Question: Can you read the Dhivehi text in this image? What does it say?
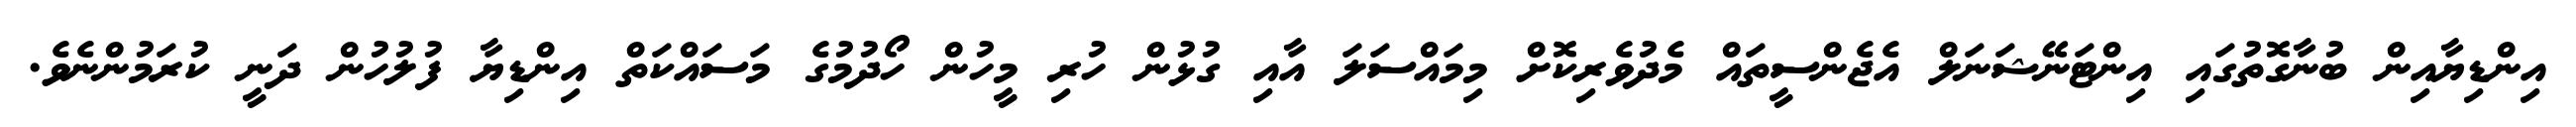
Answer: އިންޑިޔާއިން ބުނާގޮތުގައި އިންޓަނޭޝަނަލް އެޖެންސީތައް މެދުވެރިކޮށް މިމައްސަލަ އާއި ގުޅުން ހުރި މީހުން ހޯދުމުގެ މަސައްކަތް އިންޑިޔާ ފުލުހުން ދަނީ ކުރަމުންނެވެ.